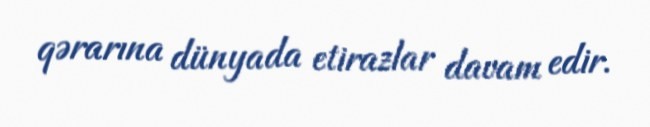
qərarına dünyada etirazlar davam edir.